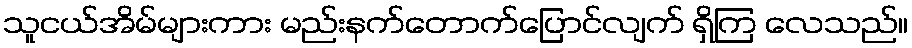
သူငယ်အိမ်များကား မည်းနက်တောက်ပြောင်လျက် ရှိကြ လေသည်။